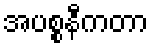
အပစ္စနီကတာ